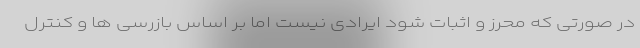
در صورتی که محرز و اثبات شود ایرادی نیست اما بر اساس بازرسی ها و کنترل